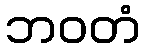
ဘဝတံ